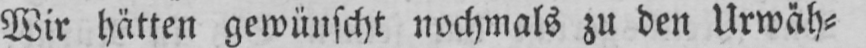
Wir hätten gewünscht nochmals zu den Urwäh⸗